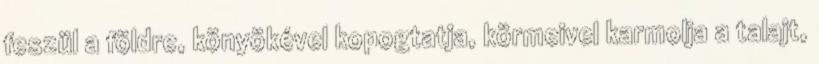
feszül a földre, könyökével kopogtatja, körmeivel karmolja a talajt,